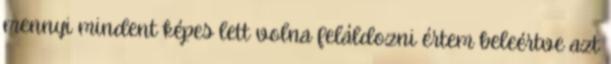
mennyi mindent képes lett volna feláldozni értem beleértve azt